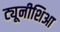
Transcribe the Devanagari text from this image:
ट्यूनीशिआ